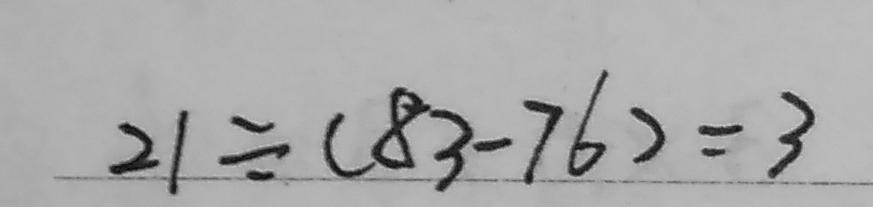
2 1 \div ( 8 3 - 7 6 ) = 3